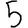
Digit: 5